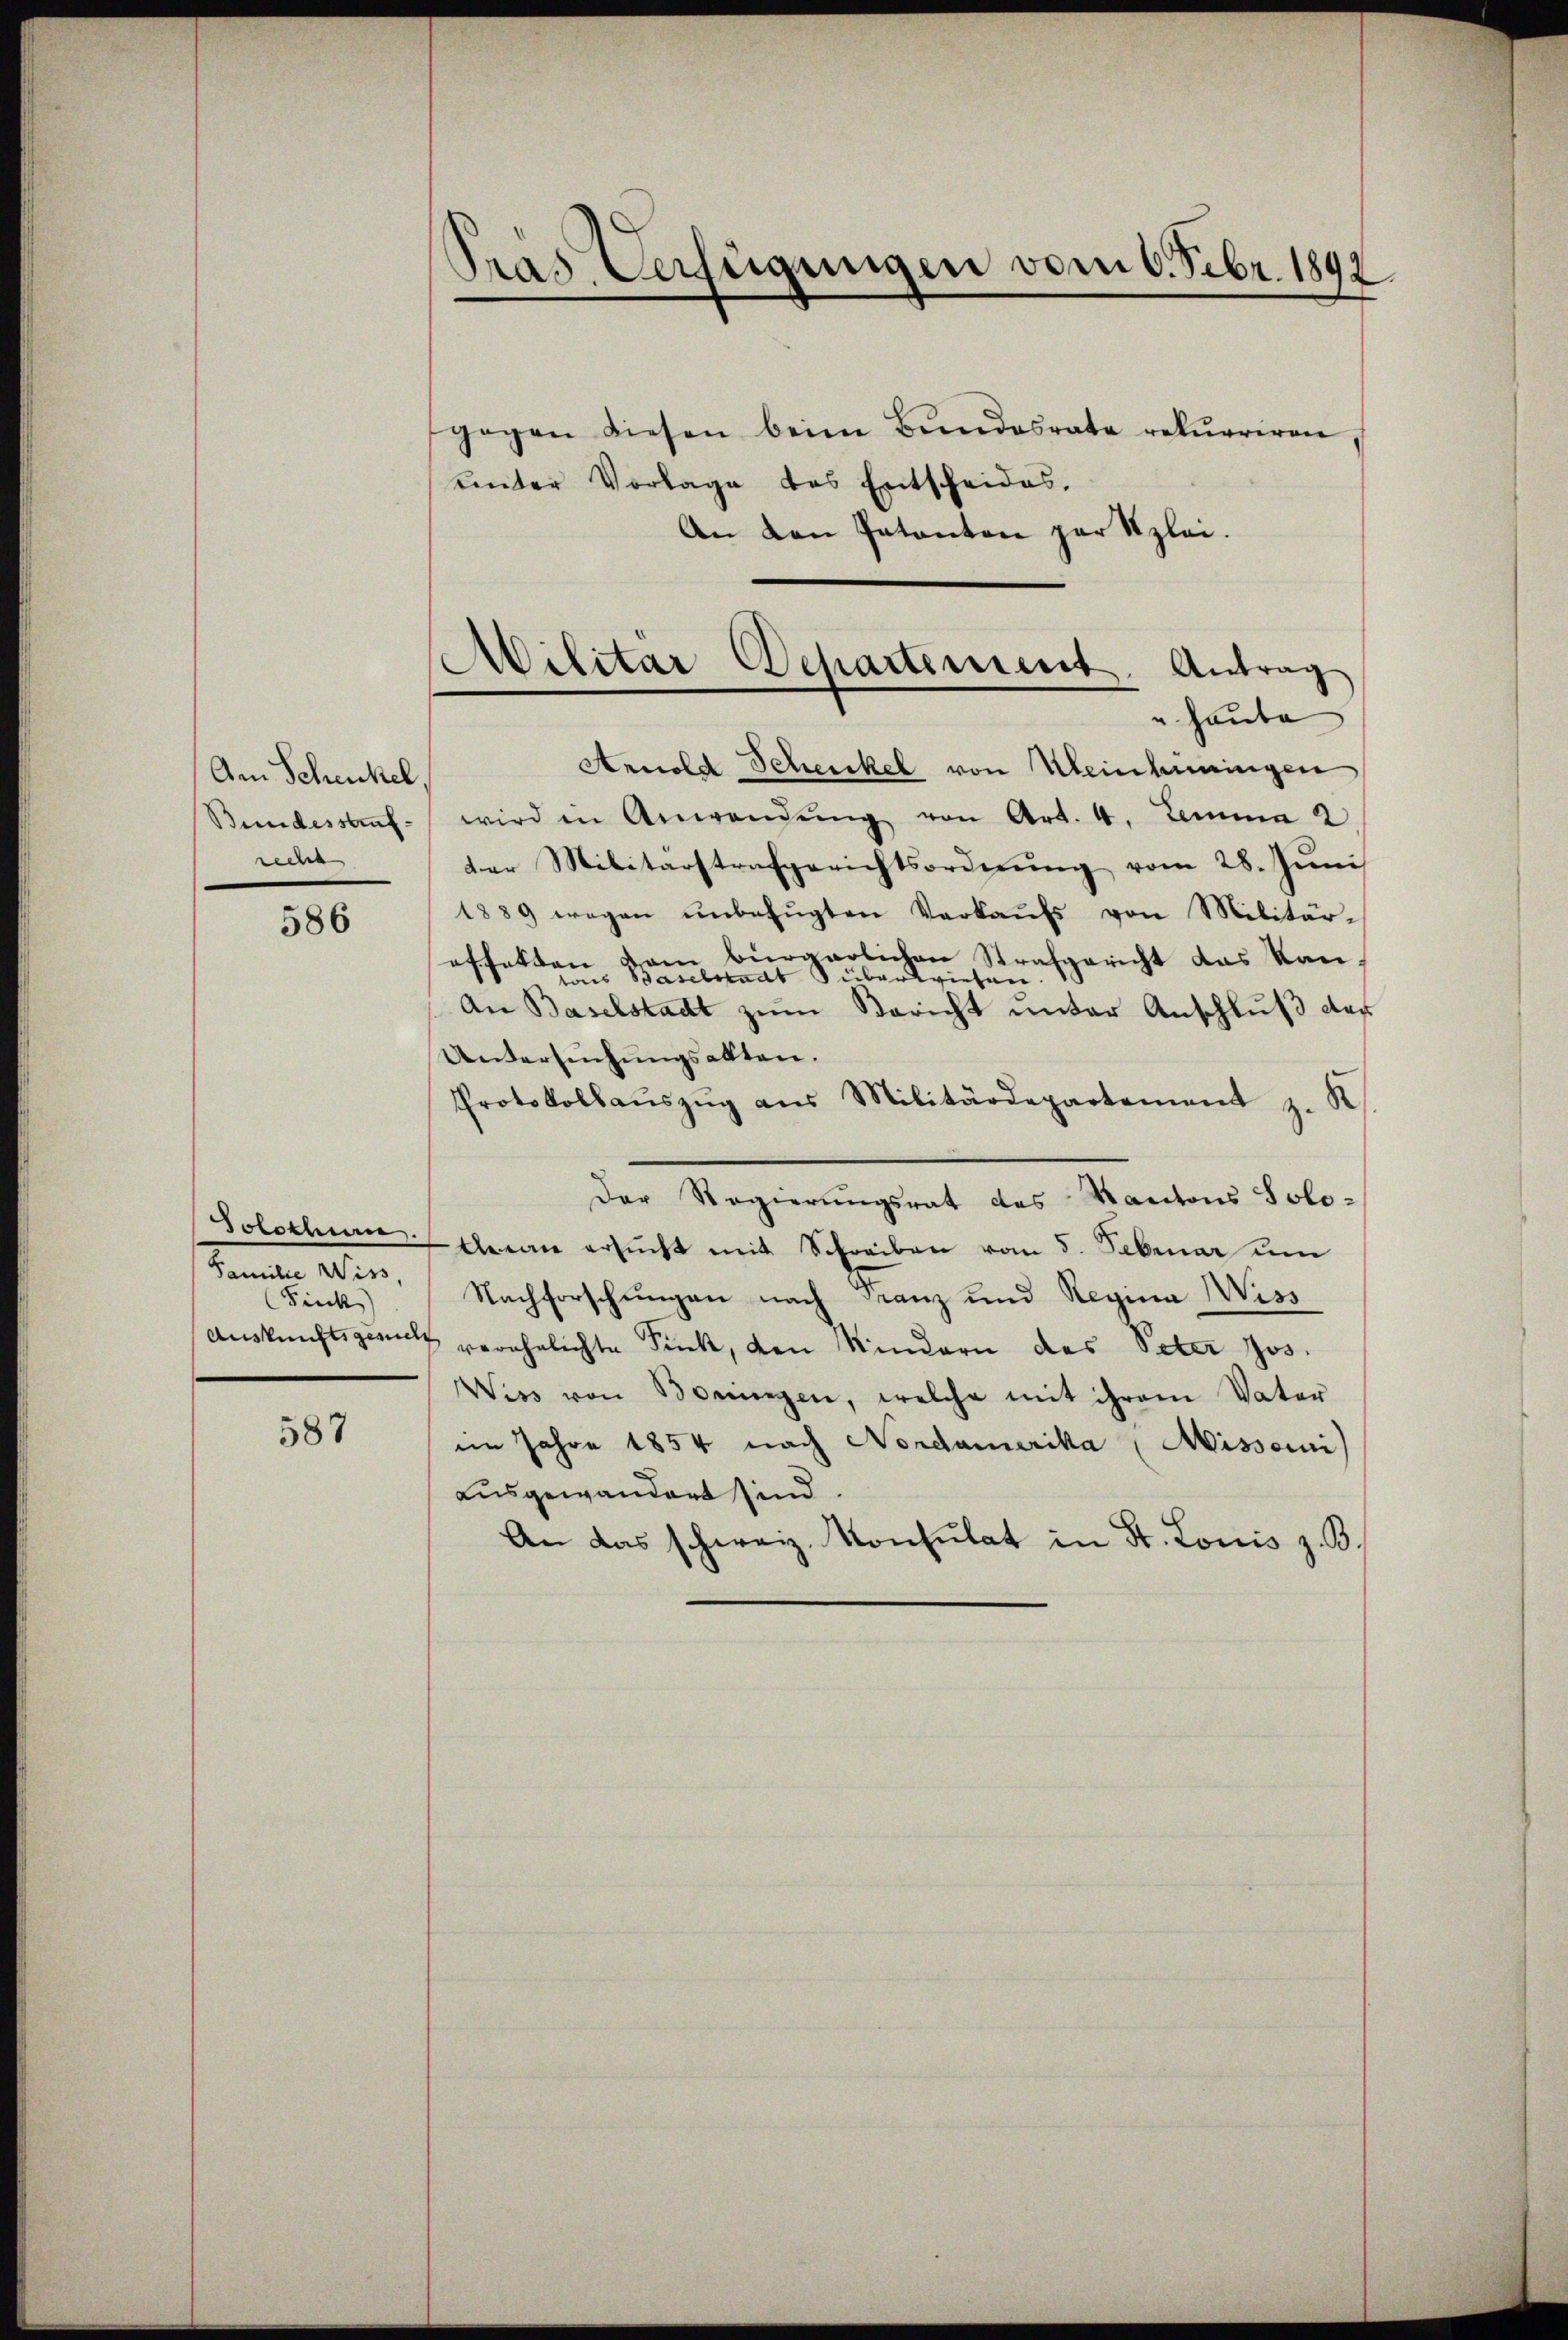
Am Schenkel,
rechen

586

Jolothure
Familie Wiss,
Fiuck)

587

Pras Verfügungen vom 6. Febr. 1892.

ŭnter Vorlage des Entscheides.
An den Patenten zur Szlei.

gegen diesen beim Bŭndesrate rekurriren

¬
Militär Departement. Antrag
u haute

Arnold Schenkel von Meinhiningen
Bundessauf wird in Anwendŭng von Art. 4. Lemma 2
der Militärstrafgerichtsordnŭng vom 28. Jŭni
1889 wegen ŭnbefŭgten Verkaŭfs von Militär-
offelten vom bürgerlichen Strafgericht das Kantons Baselstadt überwiesen.
An Baselstadt zum Bericht unter Anschluß des
Untersuchungsakten.
Protokollaŭszŭg aŭs Militärdepartement z. K
Der Regierungsrat des Kantons Solo-
Arran ersŭcht mit Schreiben vom 5. Februar un
Nachforschungen nach Franz und Regina Wiss
Auskunftsgericht verehelichte Sick, den Kindern des Peter Jos.
Wies von Boningen, welche mit ihrem Vater
im Jahre 1854 nach Nordamerika (Missari
ausgewandert sind.
An das schweiz. Konsulat in St. Lonis z. B.